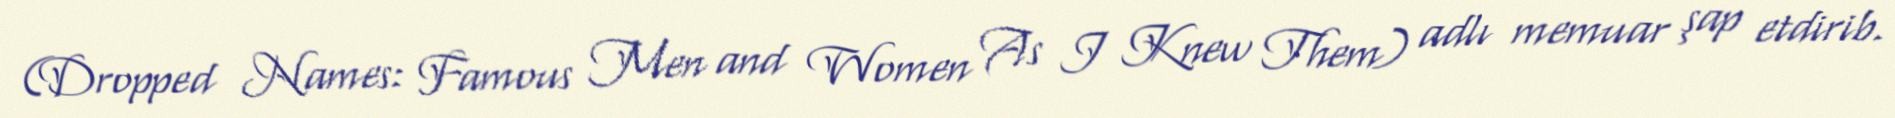
(Dropped Names: Famous Men and Women As I Knew Them) adlı memuar şap etdirib.